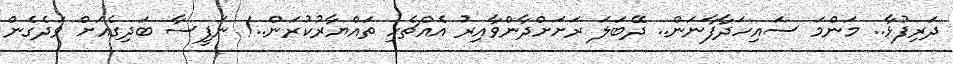
ދަރިފުޅާ.. މަންމަ ސައިހަދާފާނަން.. ދޭބަލަ ރަށަށްދާންވާއިރު އެއްޗެހި ތައްޔާރުކުރަން..! ނަފީސާ ބަދިގެއަށް ވަދެގެން